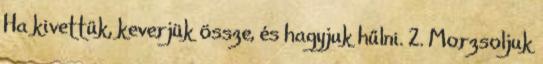
Ha kivettük, keverjük össze, és hagyjuk hűlni. 2. Morzsoljuk